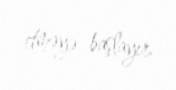
etməyə başlayır.